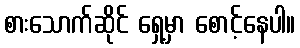
စားသောက်ဆိုင် ရှေ့မှာ စောင့်နေပါ။